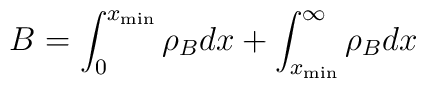
B = \int_0^{x_{\rm min}} \rho_{B} dx + \int_{x_{\rm min}}^\infty \rho_{B} dx\nonumber